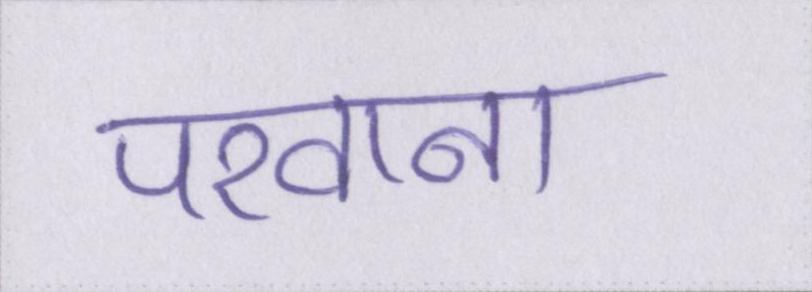
परवाना